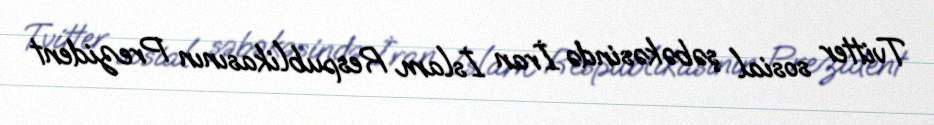
Tvitter sosial şəbəkəsində İran İslam Respublikasının Prezident